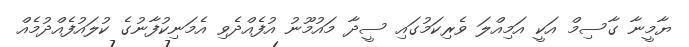
ޔާމީނާ ގާސިމް އަކީ އަމިއްލަ ވެރިކަމުގައި ސީދާ މައުމޫނު އުފެއްދެވި އެމަނިކުފާނުގެ ކުލައުފެއްދުމެއް